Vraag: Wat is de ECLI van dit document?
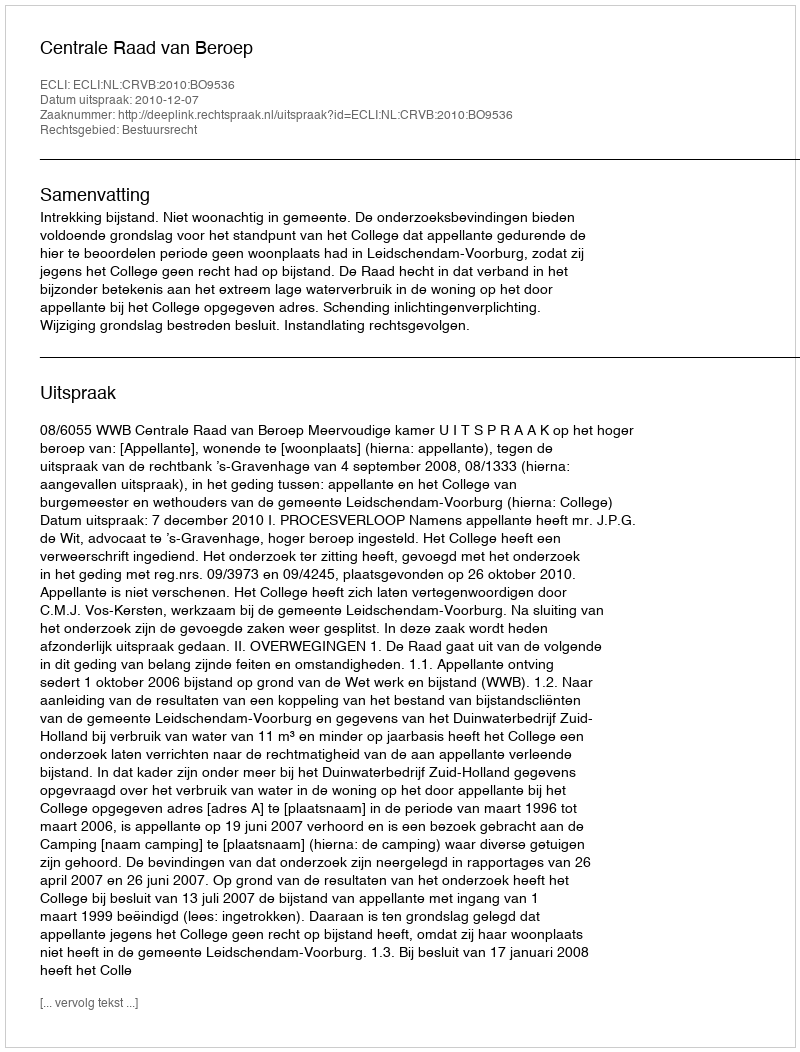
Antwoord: ECLI:NL:CRVB:2010:BO9536